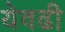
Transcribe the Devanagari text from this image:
येवढी